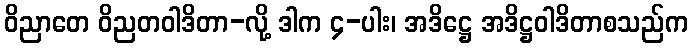
ဝိညာတေ ဝိညတဝါဒိတာ-လို့ ဒါက ၄-ပါး၊ အဒိဋ္ဌေ အဒိဋ္ဌဝါဒိတာစသည်က